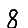
Digit: 8